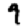
Digit: 9